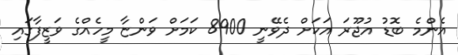
އެންމެ ބޮޑު އުޖޫރަ އަކަށް ދެވޭނީ 8900 ކަމަށް ވަންޏާ މީހެއްގެ ވަޒީފާގައި